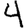
Digit: 4